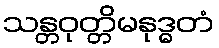
သန္တဝုတ္တိမနုဒ္ဓတံ